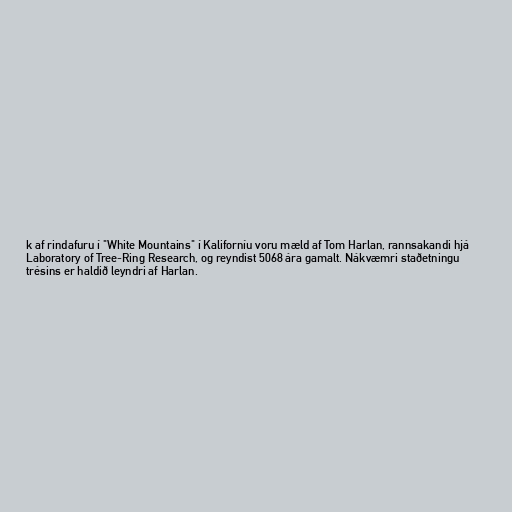
k af rindafuru í "White Mountains" í Kaliforníu voru mæld af Tom Harlan, rannsakandi hjá
Laboratory of Tree-Ring Research, og reyndist 5068 ára gamalt. Nákvæmri staðetningu
trésins er haldið leyndri af Harlan.